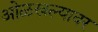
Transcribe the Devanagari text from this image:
ओळखल्यावर